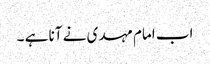
اب امام مہدی نے آنا ہے ۔